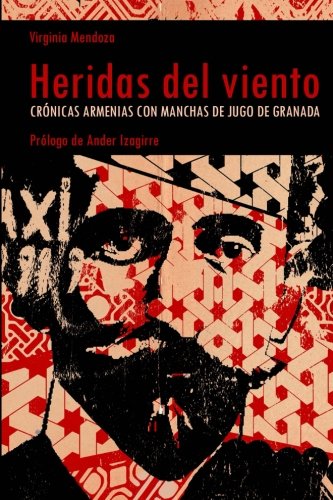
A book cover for Heridas del viento: CrÃ³nicas armenias con manchas de jugo de granada (Spanish Edition); Virginia Mendoza; Travel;